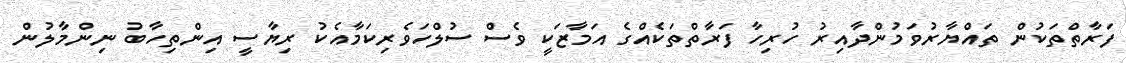
ފަރާތްތަކުން ތައްޔާރުވަމުންދާއިރު ހުރިހާ ފަރާތްތަކެއްގެ އަމާޒަކީ ވެސް ސުލްހަވެރިކަމާއެކު ރިޔާސީ އިންތިހާބު ނިންމާލުން